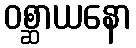
ဝစ္ဆာယနော